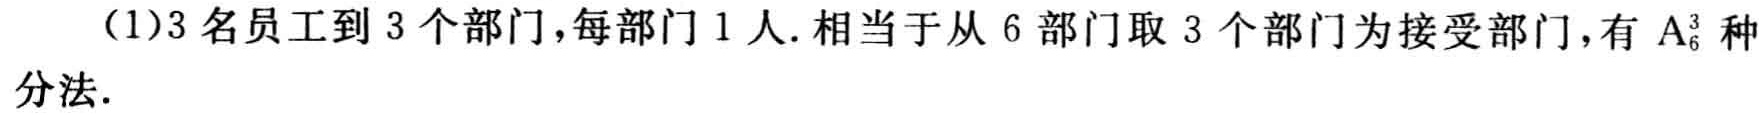
（1）3名员工到3个部门，每部门1人. 相当于从6部门取3个部门为接受部门，有 \(A_{6}^{3}\) 种分法.